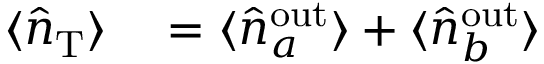
\begin{array} { r l } { \langle \hat { n } _ { \mathrm { { T } } } \rangle } & { { } = \langle \hat { n } _ { a } ^ { \mathrm { { o u t } } } \rangle + \langle \hat { n } _ { b } ^ { \mathrm { { o u t } } } \rangle } \end{array}